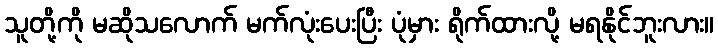
သူတို့ကို မဆိုသလောက် မက်လုံးပေးပြီး ပုံမှား ရိုက်ထားလို့ မရနိုင်ဘူးလား။